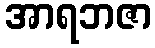
အာရဘဇာ